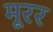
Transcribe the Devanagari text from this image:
मूरर